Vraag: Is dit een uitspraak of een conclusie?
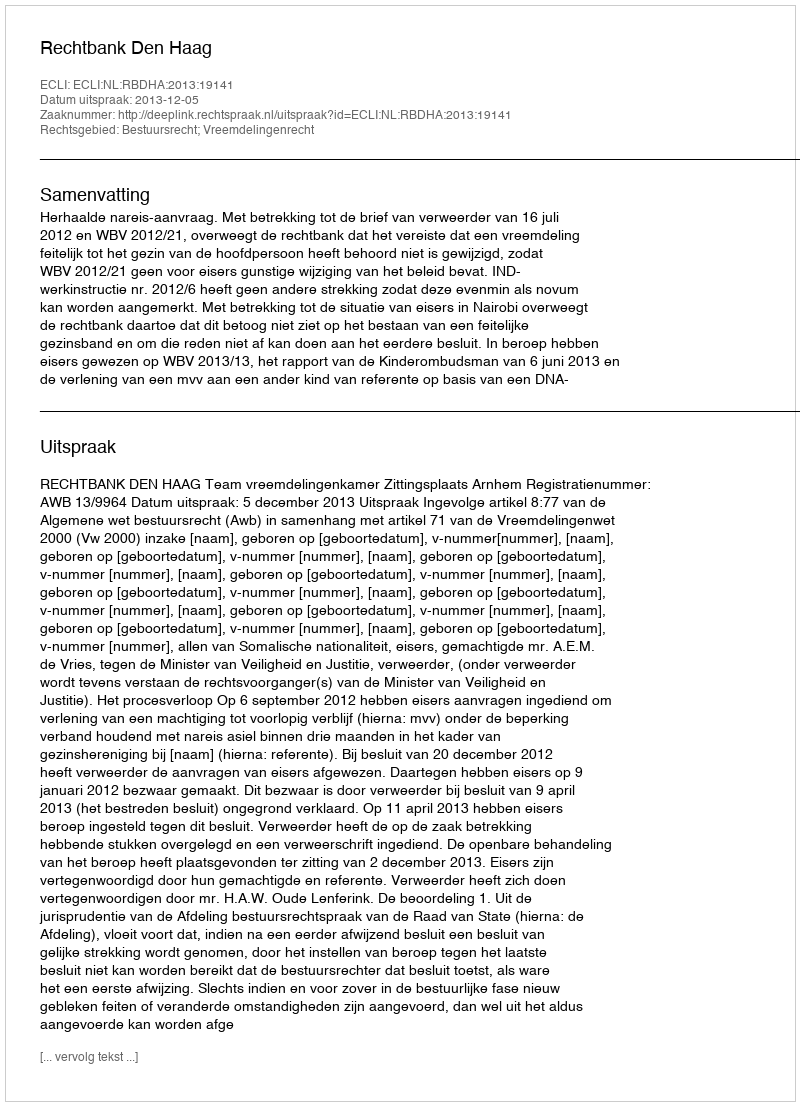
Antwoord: Uitspraak